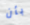
بأن